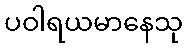
ပဝါရယမာနေသု